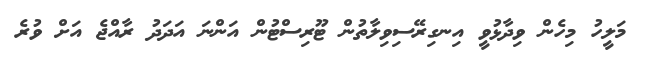
މަލީހު މިހެން ވިދާޅުވީ އިނގިރޭސިވިލާތުން ޓޫރިސްޓުން އަންނަ އަދަދު ރާއްޖެ އަށް ވުރެ